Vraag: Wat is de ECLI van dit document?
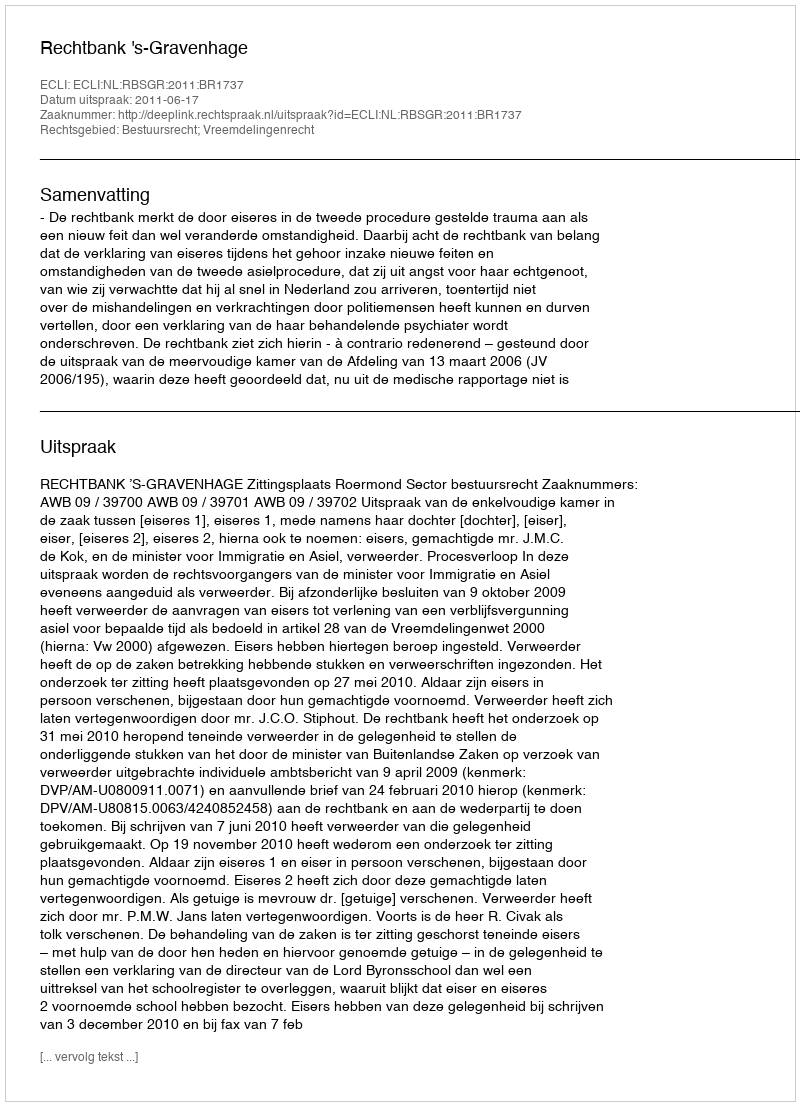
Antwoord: ECLI:NL:RBSGR:2011:BR1737